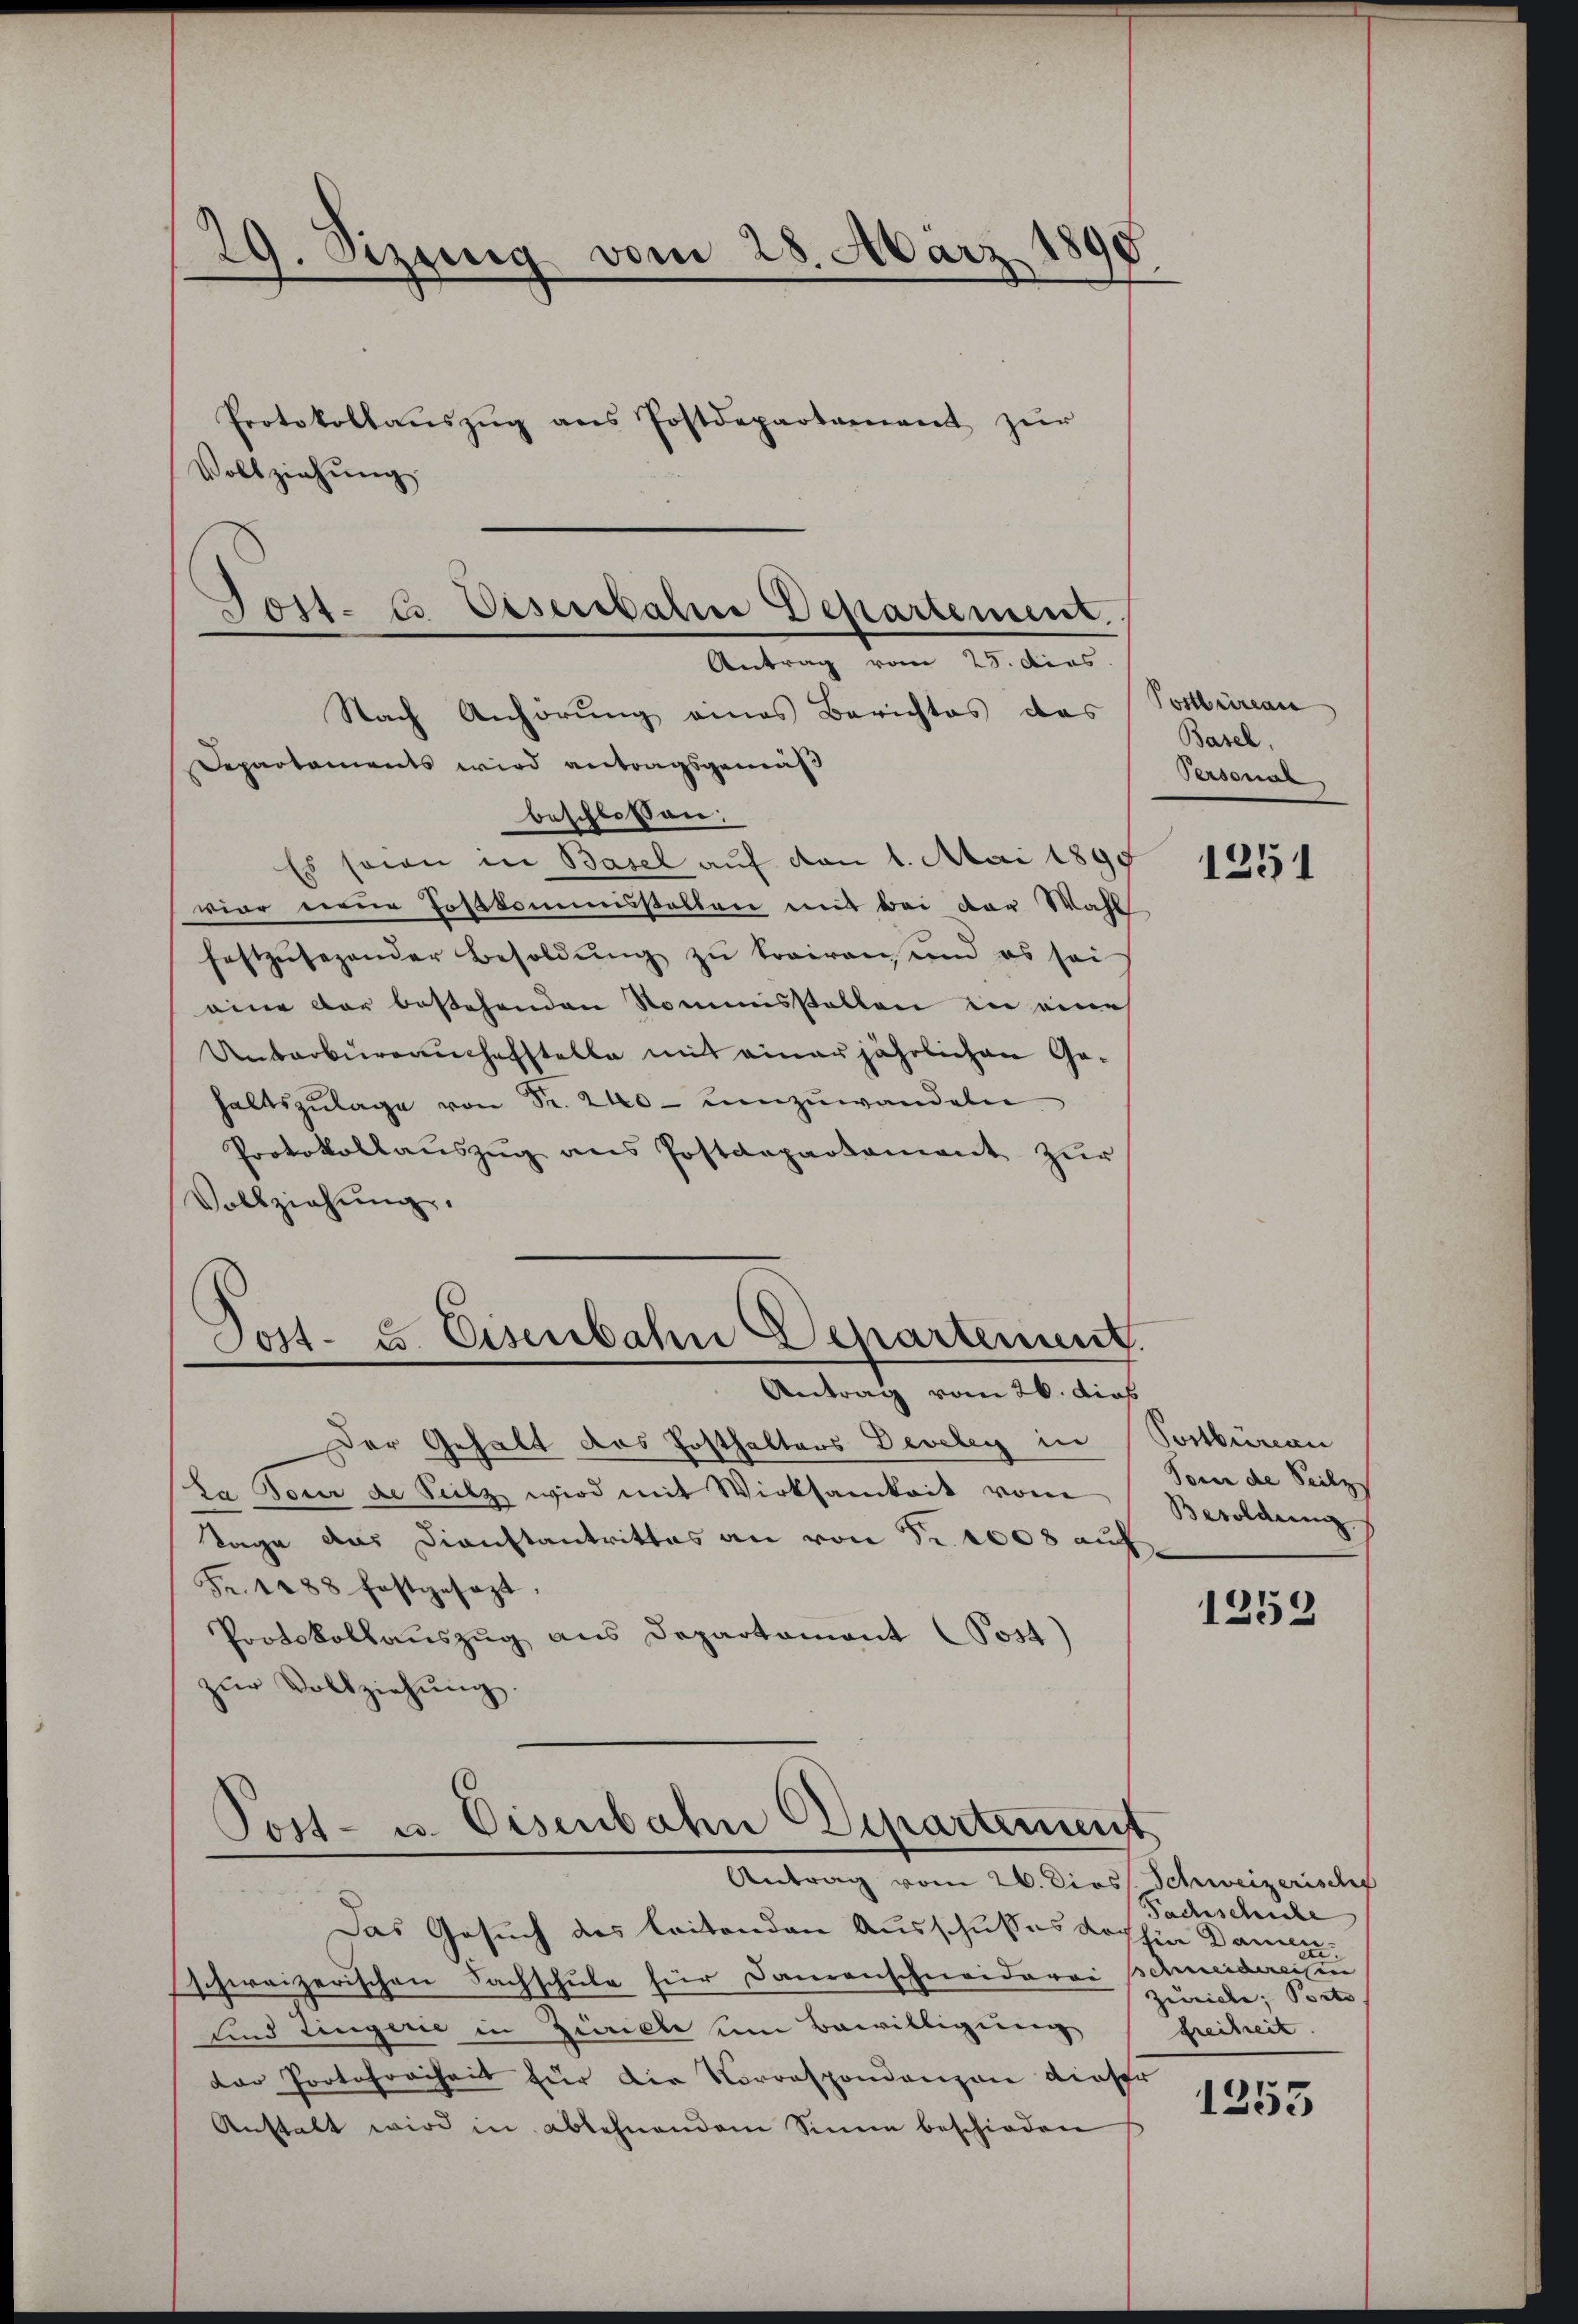
29. Sizung vom 28. März
.
Protokollaŭszŭg ans Postdepartament zŭr
Vollziehung

Tost- & Oeserbalm Departement.
Antrag vom 25. dies
Nach Anhörung eines Berichtes das
Departaments wird antragsgemäß

beschlossen:
Es sowie in Basel auf von 1. Mai 1890
vier neue Postkommisstellen mit bei der Wahl
festzusehender Besoldung zu trairen, und es sei
eine der bestehenden Nommisstalten in eine
Unbarbureauchefstelle mit einer jährlichen Gehaltszŭlage von Fr. 240 - umzuwandeln
Protokollaŭszŭg ans Postdepartament zŭr
Vollziehŭng.
Post- u. Eisenbahn Departement

Antrag vom 26. dies

Der Gehalt das Posthalters Develey in
La Tour de Seilz wird mit Wirksamkeit vom
Tage das Dienstantrittes an von Fr. 1008 auf
Fr. 1888 festgesezt.
Protokollauszug aus Departament (Post)
zŭr Vollziehŭng.
Post- u. Eisenbahn Departement

Antrag vom 26. Diess. Schweizerische
Das Gesuch des leitenden Ausschußes doch hin Damen¬

schweizerischen Sachschule für Damenschneidarei schneidereisen
und Zingerie in Zinziele um Bewilligung
der Portofreiheit für die Vorrespondenzen dieser
Anstalt wird in ablehnendem Sinne beschieden

Postbüreau
Basel.
Personab

1251

Postbüreau
Som de Seilz
Besoldung

1253

Fachschule
2
zuriche; Porto
freiheit.

1253